画像に写った文字を読んでください
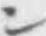
「ン」と書いてあります